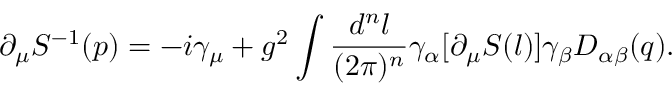
\partial _ { \mu } S ^ { - 1 } ( p ) = - i \gamma _ { \mu } + g ^ { 2 } \int { \frac { d ^ { n } l } { ( 2 \pi ) ^ { n } } } \gamma _ { \alpha } [ \partial _ { \mu } S ( l ) ] \gamma _ { \beta } D _ { \alpha \beta } ( q ) .